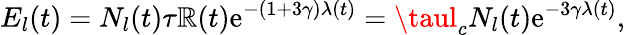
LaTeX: E_{l}(t)=N_{l}(t)\tau\mathbb{R}(t)\mathrm{{e}}^{-(1+3\gamma)\lambda(t)}=\taul_{c}N_{l}(t)\mathrm{{e}}^{-3\gamma\lambda(t)},